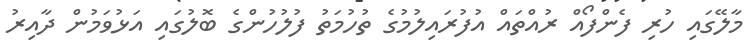
މާލޭގައި ހުރި ފެންފޯއް ރުއްތައް އުފުރައިލުމުގެ ތުހުމަތު ފުލުހުންގެ ބޮލުގައި އަޅުވަމުން ދާއިރު